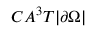
C A ^ { 3 } T | \partial \Omega |